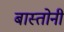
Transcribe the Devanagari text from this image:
बास्तोनी